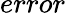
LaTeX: error